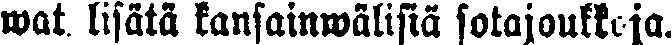
wat lisätä kansainwälisiä sotajoukkoja.